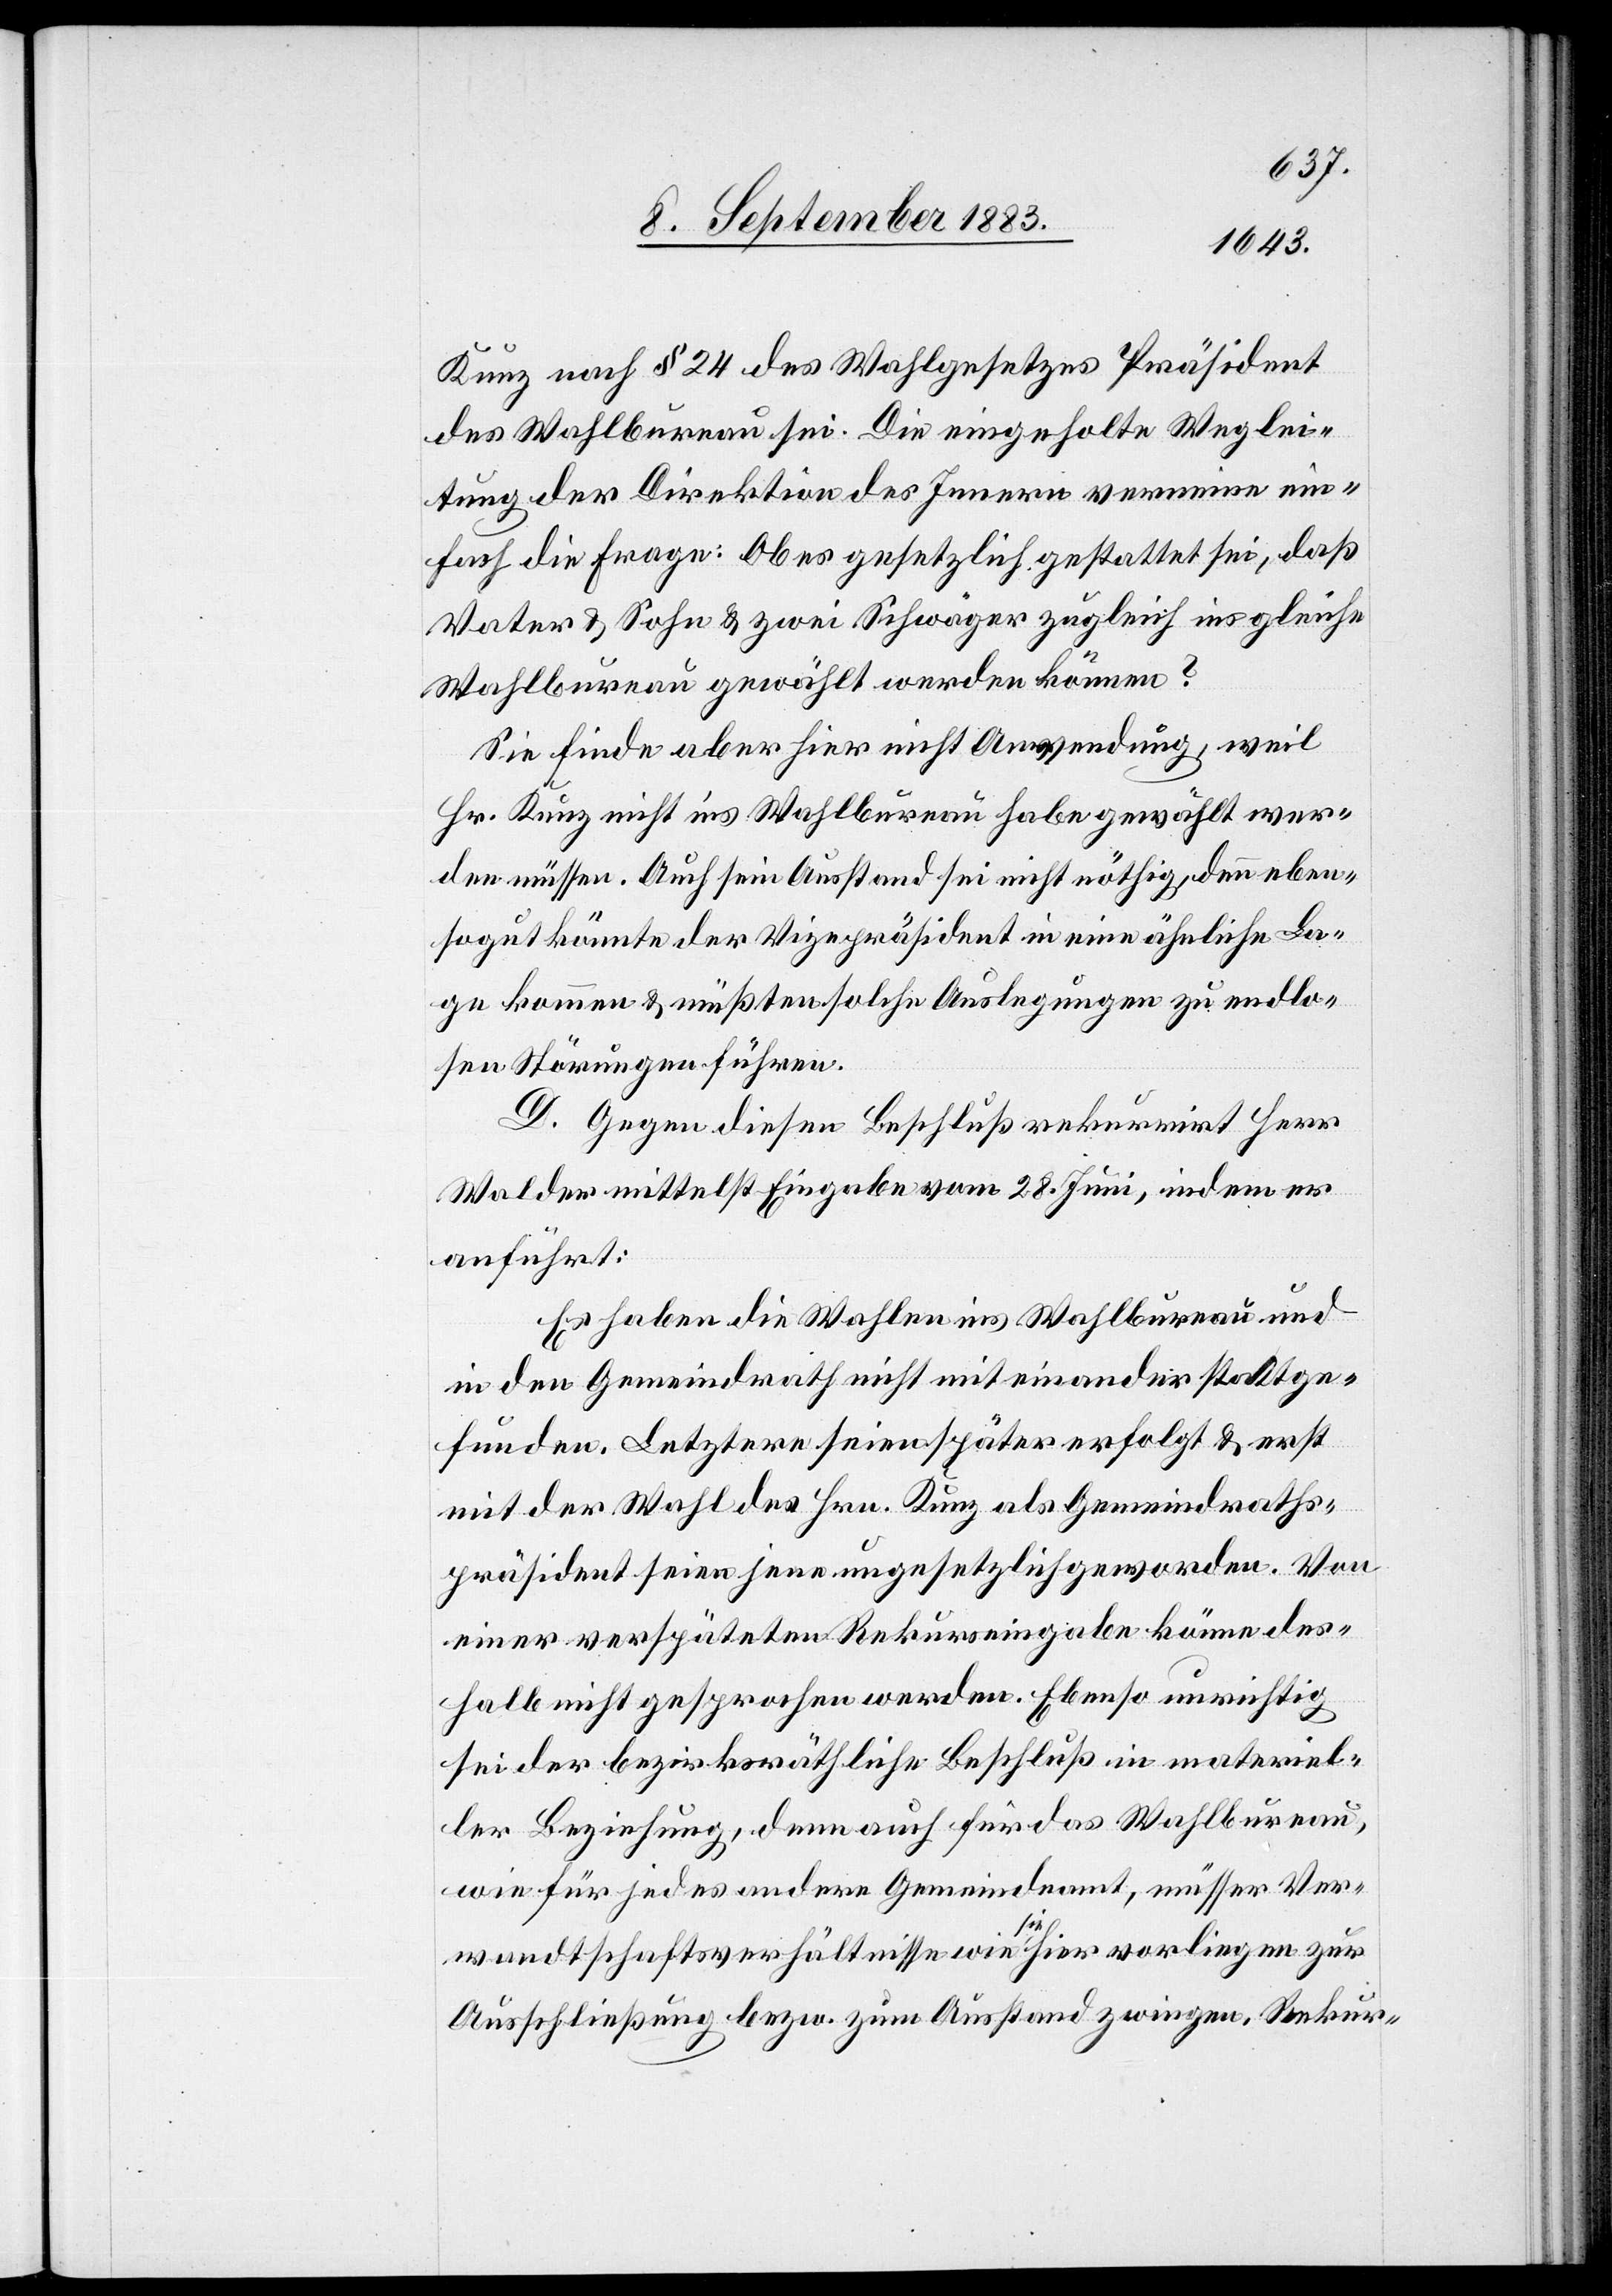
Kunz nach § 24 des Wahlgesetzes Präsident
des Wahlbureau sei. Die eingeholte Weglei¬
tung der Direktion des Innern verneine ein¬
fach die Frage: Ob es gesetzlich gestattet sei, daß
Vater & Sohn & zwei Schwäger zugleich ins gleiche
Wahlbureau gewählt werden können?
Sie finde aber hier nicht Anwendung, weil
Hr. Kunz nicht ins Wahlbureau habe gewählt wer¬
den müssen. Auch sein Ausstand sei nicht nöthig, denn eben¬
sogut könnte der Vizepräsident in eine ähnliche La¬
ge kommen & müßten solche Auslegungen zu endlo¬
sen Störungen führen.
D. Gegen diesen Beschluß rekurrirt Herr
Walder mittelst Eingabe vom 28. Juni, indem er
anführt:
Es haben die Wahlen ins Wahlbureau und
in den Gemeindrath nicht miteinander stattge¬
funden. Letztere seien später erfolgt & erst
mit der Wahl des Hrn. Kunz als Gemeindraths¬
präsident seien jene ungesetzlich geworden. Von
einer verspäteten Rekurseingabe könne des¬
halb nicht gesprochen werden. Ebenso unrichtig
sei der bezirksräthliche Beschluß in materiel¬
ler Beziehung, denn auch für das Wahlbureau,
wie für jedes andere Gemeindeamt, müssen Ver¬
wandtschaftsverhältnisse wie sie hier vorliegen zur
Ausschließung bezw. zum Ausstand zwingen. Rekur-